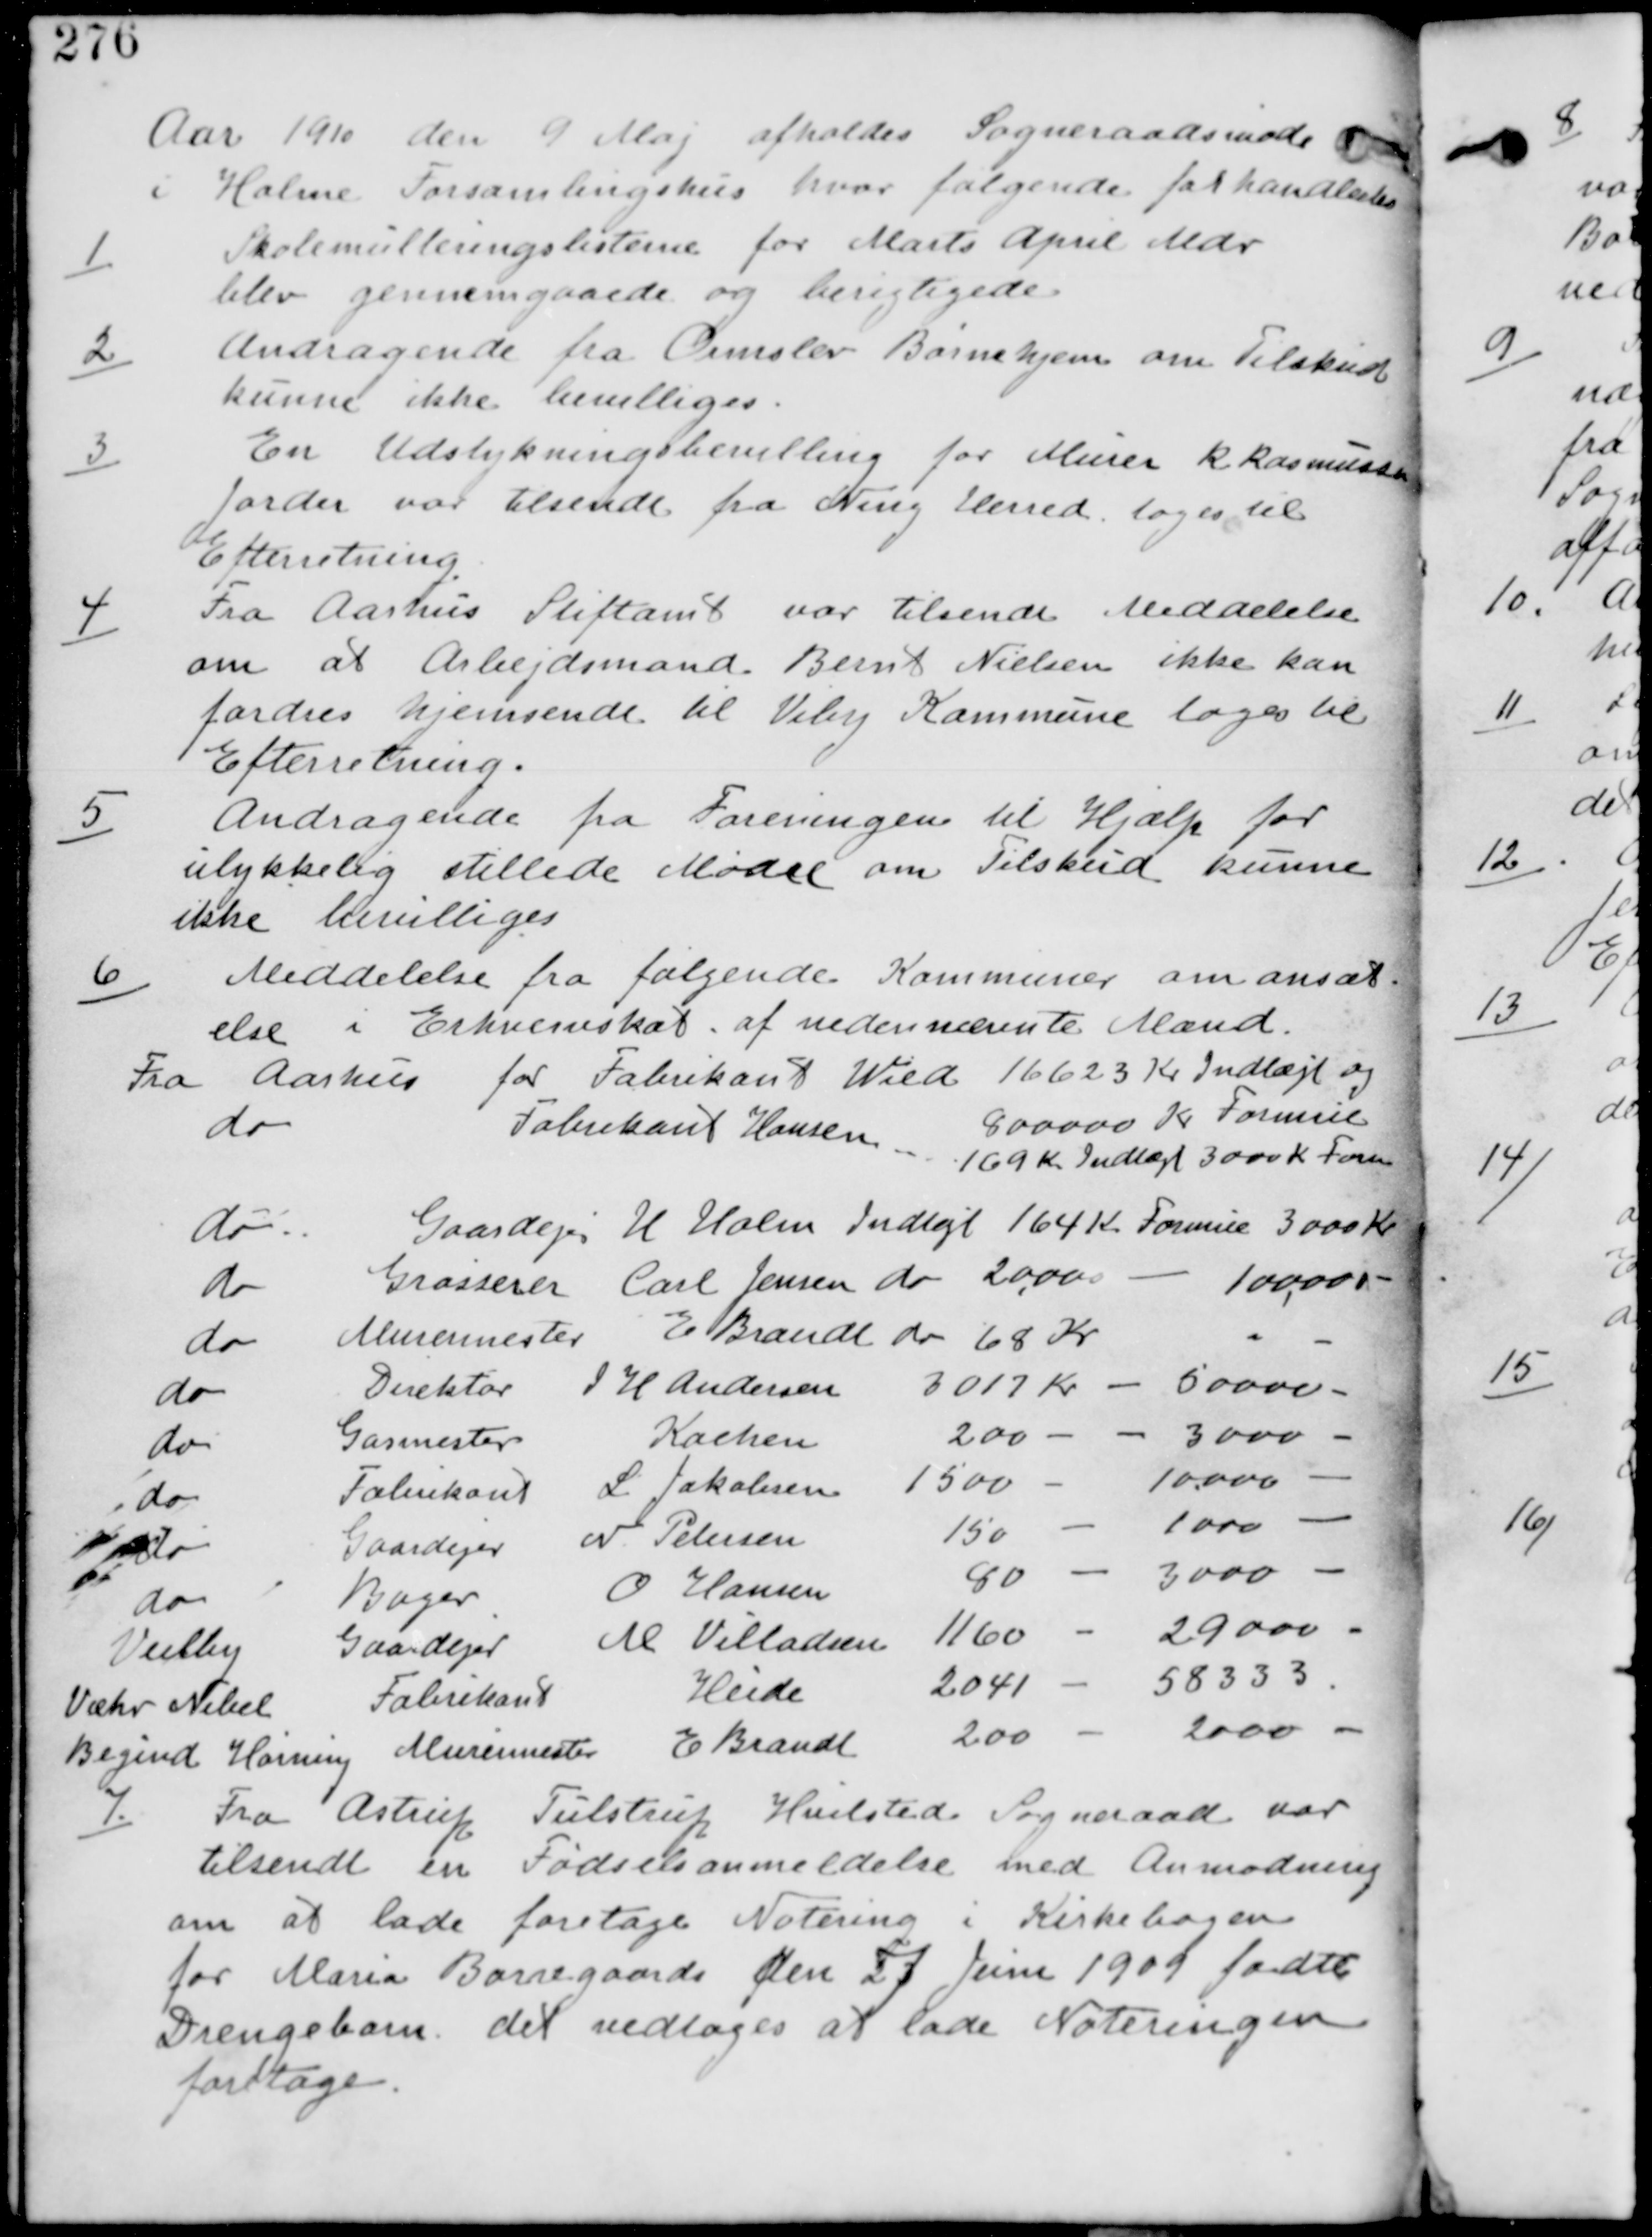
Transskription:
Aar 1910 den 9 Maj afholdes Sogneraadsmøde
i Holme Forsamlingshus hvor følgende forhandledes.

1
Skolemulterne for Marts April Mdr
blev gennemgaaede og berigtigede.

2
Andragende fra Ormslev Børnehjem om Tilskud
kunne ikke bevilliges.

3
En Udstykningsbevilling for Murer R Rasmussens
Jorder var tilsendt fra Ning Herred. tages til
Efterretning

4
Fra Aarhus Stiftamt var tilsendt Meddelelse
om at Arbejdsmand Bernt Nielsen ikke kan
fordres hjemsendt til Viby Kommune tages til
Efterretning.

5
Andragende fra Foreningen til Hjælp for
ulykkelig stillede Mødre om Tilskud. kunne
ikke bevilliges.

6
Meddelelse fra Følgende Kommuner om ansæt-
else i Erhvervskat af nedennævnte Mænd.
Fra Aarhus for Fabrikant Wied 16623 Kr Indtægt og
800000 K. Formue
do Fabrikant Hansen 169 K Indtægt 3000 K Formue
do Gaardejer H Holm Indtægt 164 K Formue 3000 Kr
do Grosserer Carl Jensen do 2000 Kr - 100000 -
do Murermester E Brandt do 68 Kr - -
do Direktør V H Andersen 3017 Kr - 50000 -
do Gasmester Kachen 200 - - 3000 -
do Fabrikant L Jakobsen 1500 - 10000 -
do Gaardejer N Petersen 150 - 1000 -
do Bager O Hansen 80 - 3000 -
Veilby Gaardejer M Villadsen 1160 - 29000 -
Væhr Nebel Fabrikant Heide 2041 - 58333
Begind Hørning Muremester E Brandt 200 - 2000 -

7.
Fra Astrup Tulstrup Hvilsted Sogneraad var
tilsendt en Fødselsanmeldelse med Anmodning
om at lade foretage Notering i Kirkebogen
for Maria Borregaards Den 23 Juni 1909 fødte
Drengebarn det vedtages at lade noteringen
foretage.